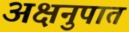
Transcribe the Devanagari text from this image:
अक्षनुपात